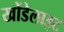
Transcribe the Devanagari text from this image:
खोंडेलाइट